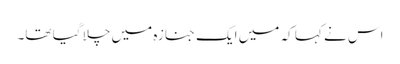
اس نے کہا کہ میں ایک جنازہ میں چلا گیا تھا۔